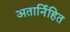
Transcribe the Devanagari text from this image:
अतार्निहित